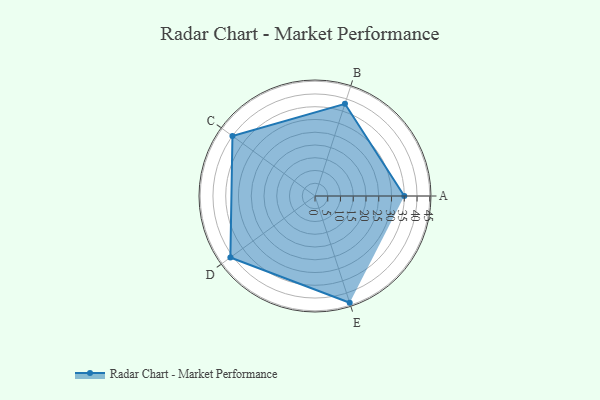
{"axis": {"x": "Skill", "y": "Score"}, "legend": ["Profile"], "data": [{"x": "A", "y": 35.0, "type": "Profile"}, {"x": "B", "y": 38.0, "type": "Profile"}, {"x": "C", "y": 40.0, "type": "Profile"}, {"x": "D", "y": 41.0, "type": "Profile"}, {"x": "E", "y": 44.0, "type": "Profile"}]}